system: You are a helpful assistant.
user:
Analyze the provided spectrum to determine if it is a **Carbon Star (C-type)**.

- **Key Visual Indicators of Carbon Star:**
    - **(Primary):** Strong molecular absorption from **C₂ (diatomic carbon) "Swan Bands."** This is the **defining feature** of a carbon star.
        - **(Key Bandheads):** Sharp absorption edges are visible at approximately $5635$ Å, $5165$ Å (the strongest band), and $4737$ Å.
        - **(Line Profile):** Creates a distinct **"saw-tooth"** pattern. The key morphology is a sharp, steep bandhead on the **red (long-wavelength) side**, which then gradually tapers off (i.e., flux recovers) towards the **blue (short-wavelength) side**. *(This is the direct opposite of the TiO bands seen in M-type stars)*.

    - **(Secondary):** Intense **CN (cyanogen)** molecular absorption bands.
        - **(Key Bandheads):** Located in the blue and violet regions of the spectrum (e.g., near $4215$ Å and $3883$ Å).
        - **(Morphology):** These bands are extremely broad and act as a "blanket," absorbing the vast majority of blue and violet light. This creates a characteristic **"cliff"** or **"steep drop-off"** in the spectrum's flux at short wavelengths.

    - **(Key Confirmation):** Strong **CH absorption band (G-band)**.
        - **(Key Bandhead):** Located around $4300$ Å. The contribution from CH molecules to this band is exceptionally strong.

    - **(Overall Spectrum):**
        - The continuum is severely "chopped up" by these deep molecular bands, especially C₂, rather than appearing as a smooth curve.
        - Due to the heavy CN and C₂ absorption in the blue-green, the vast majority of the star's flux is concentrated in the red part of the spectrum, giving the star its characteristic deep red color.

Think first, call **spectral_visualization_tool** if needed to examine features in detail, then provide your final answer. Your response must adhere to the following strict rules:
1.  **Overall Structure:** Your response must follow the format `<think>...</think> <tool_call>...</tool_call> (if a tool is used) <answer>...</answer>`.
2.  **Tool Usage Constraint:** You may only make **one** tool call per turn.
3.  **Final Answer Format:** In the `<answer>` tag, your conclusion must be inside a `\boxed{}` command (e.g., `\boxed{YES}`), followed by your justification.

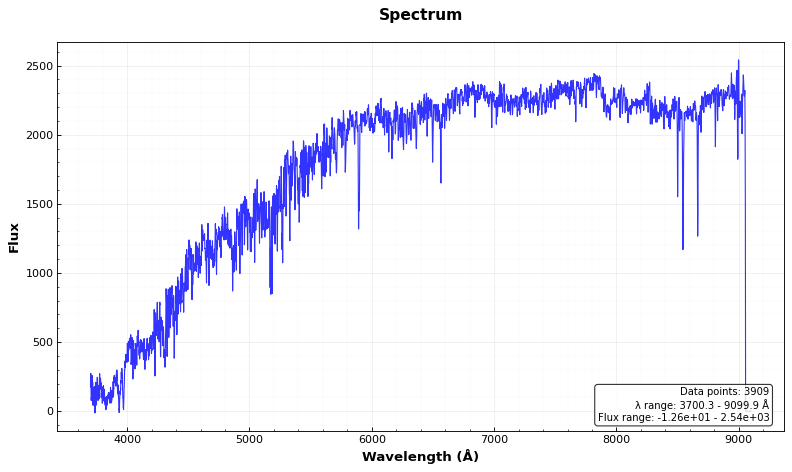
Answer: NO